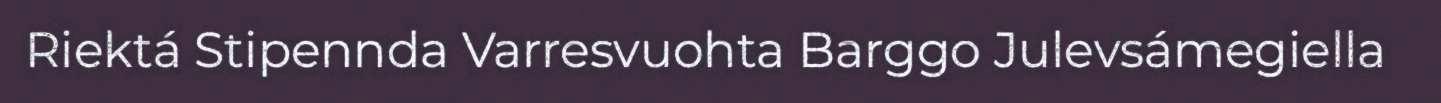
Riektá Stipennda Varresvuohta Barggo Julevsámegiella